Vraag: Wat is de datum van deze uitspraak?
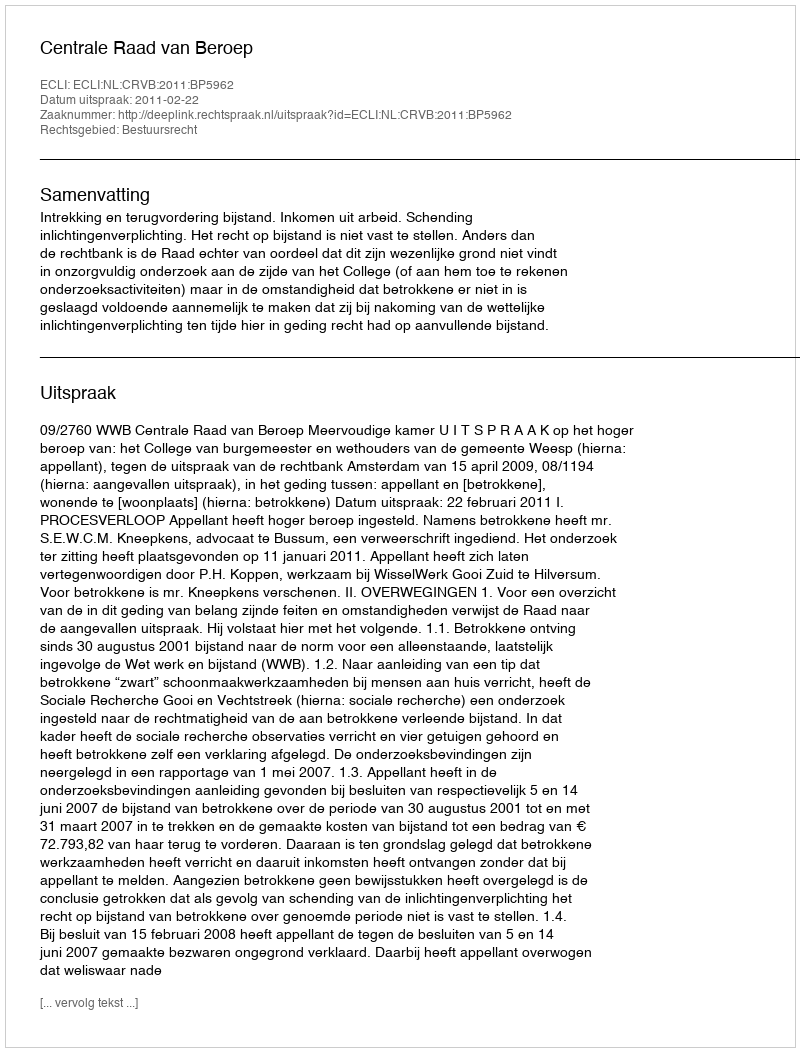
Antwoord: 2011-02-22